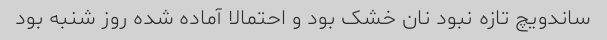
ساندویچ تازه نبود نان خشک بود و احتمالا آماده شده روز شنبه بود